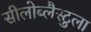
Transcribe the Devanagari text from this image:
सीलोब्लैस्टुला